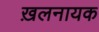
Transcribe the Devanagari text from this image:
ख़लनायक